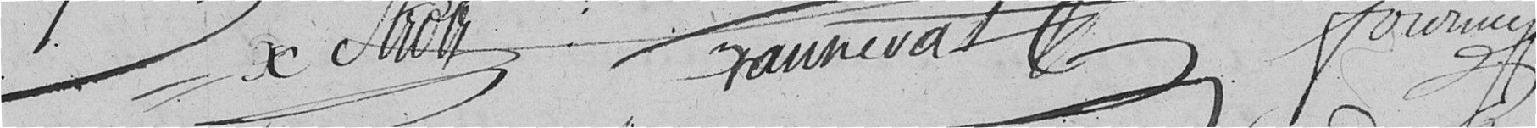
Gannevat